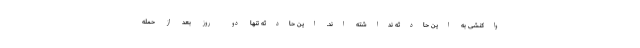
واکنشی به این حادثه نداشته اند. این حادثه تنها دو روز بعد از حمله